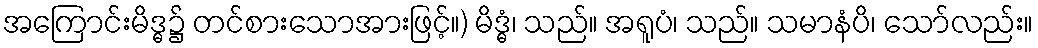
အကြောင်းမိဒ္ဓ၌ တင်စားသောအားဖြင့်။) မိဒ္ဓံ၊ သည်။ အရူပံ၊ သည်။ သမာနံပိ၊ သော်လည်း။